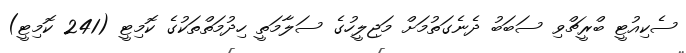
ސެކިއުޓީ ބްރީޗްވި ސަބަބު ދެނެގަތުމަށް މަޖިލީހުގެ ސަލާމަތީ ހިދުމަތްތަކުގެ ކޮމިޓީ (241 ކޮމިޓީ)